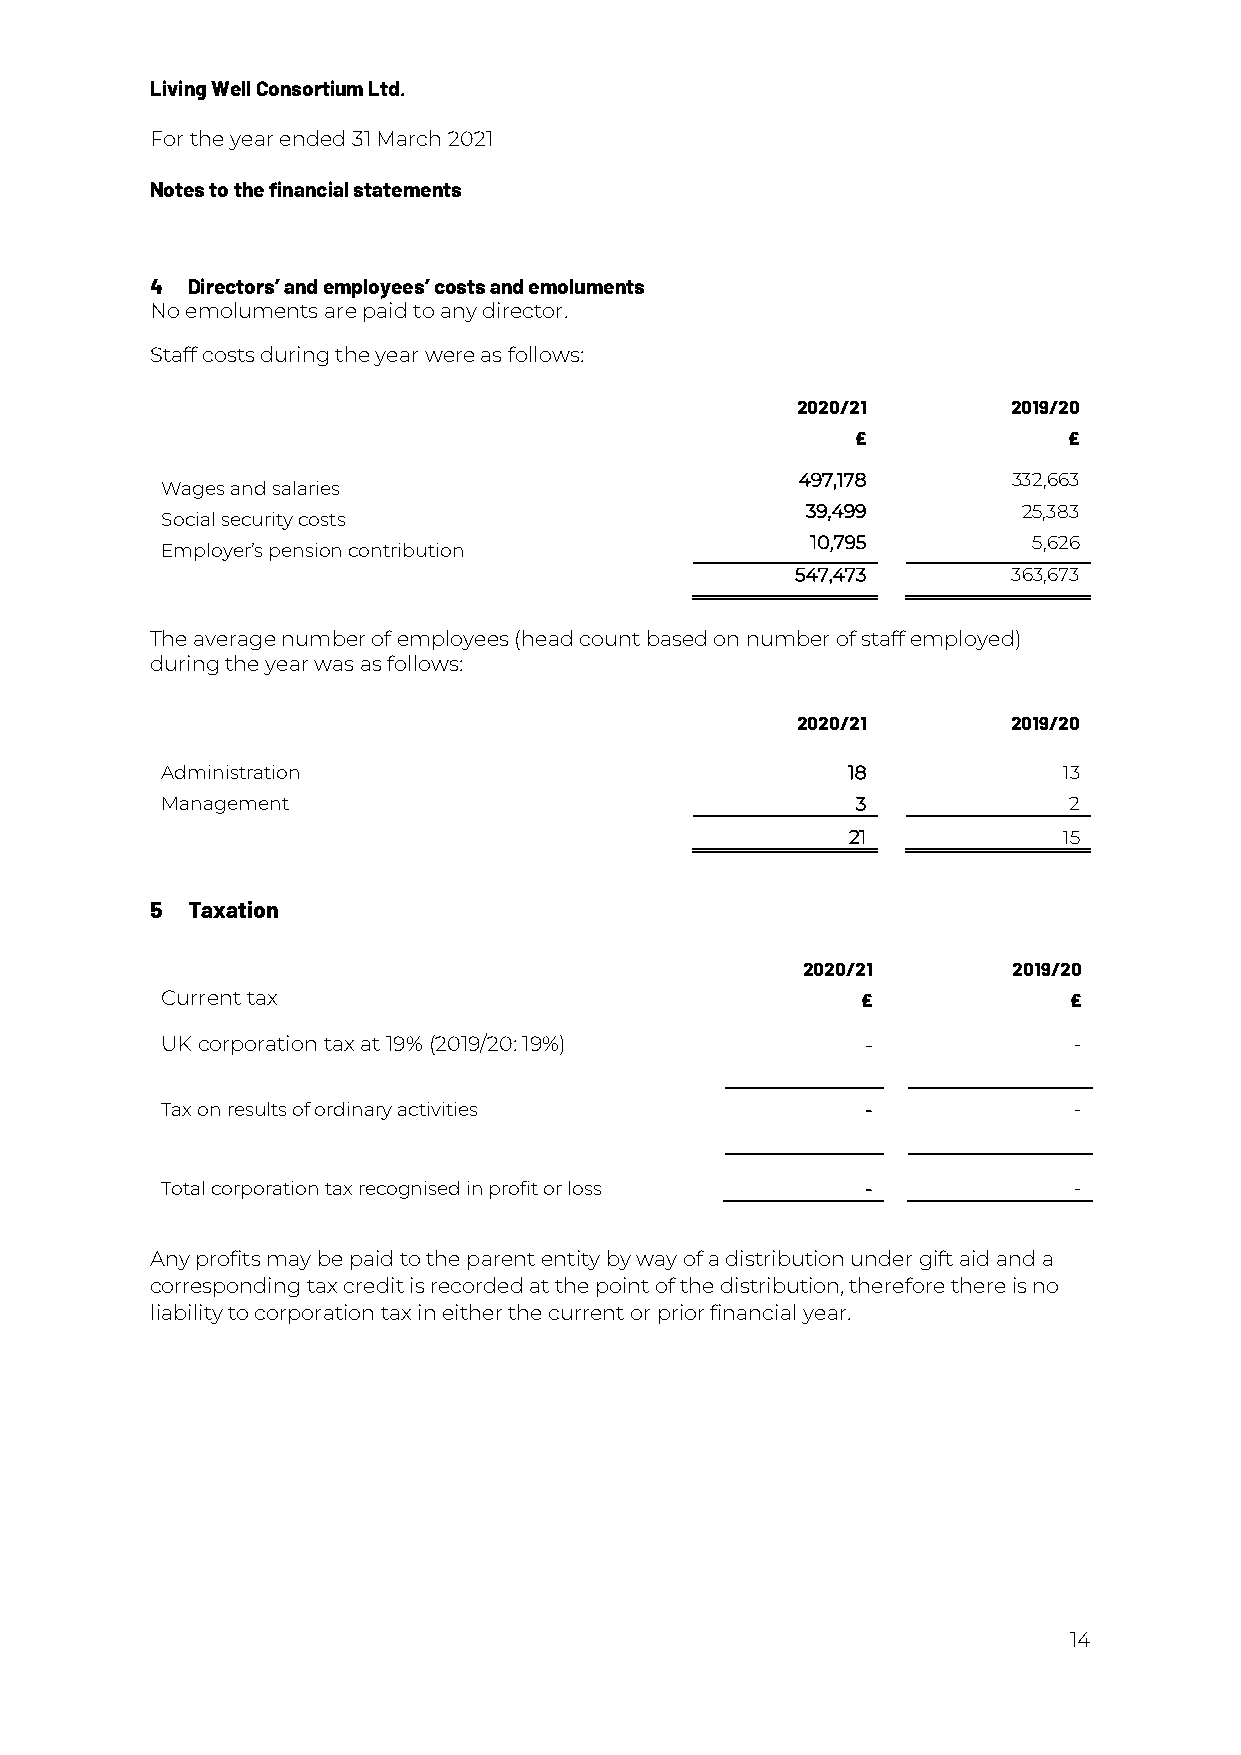
Living Well Consortium Ltd.
 For the year ended 31 March 2021
 Notes to the financial statements
 4 Directors’ and employees’ costs and emoluments
 No emoluments are paid to any director.
 Staff costs during the year were as follows:
 2020/21       2019/20
 £             £
 497,178       332,663
 Wages and salaries
 39,499         25,383
 Social security costs
 10,795        5,626
 Employer’s pension contribution
 547,473       363,673
 The average number of employees (head count based on number of staff employed)
 during the year was as follows:
 2020/21       2019/20
 Administration                               18            13
 Management                                    3             2
 21            15
 5 Taxation
 2020/21       2019/20
 Current tax                                   £             £
 UK corporation tax at 19% (2019/20: 19%)      -             -
 Tax on results of ordinary activities         -             -
 Total corporation tax recognised in profit or loss -        -
 Any profits may be paid to the parent entity by way of a distribution under gift aid and a
 corresponding tax credit is recorded at the point of the distribution, therefore there is no
 liability to corporation tax in either the current or prior financial year.
 14